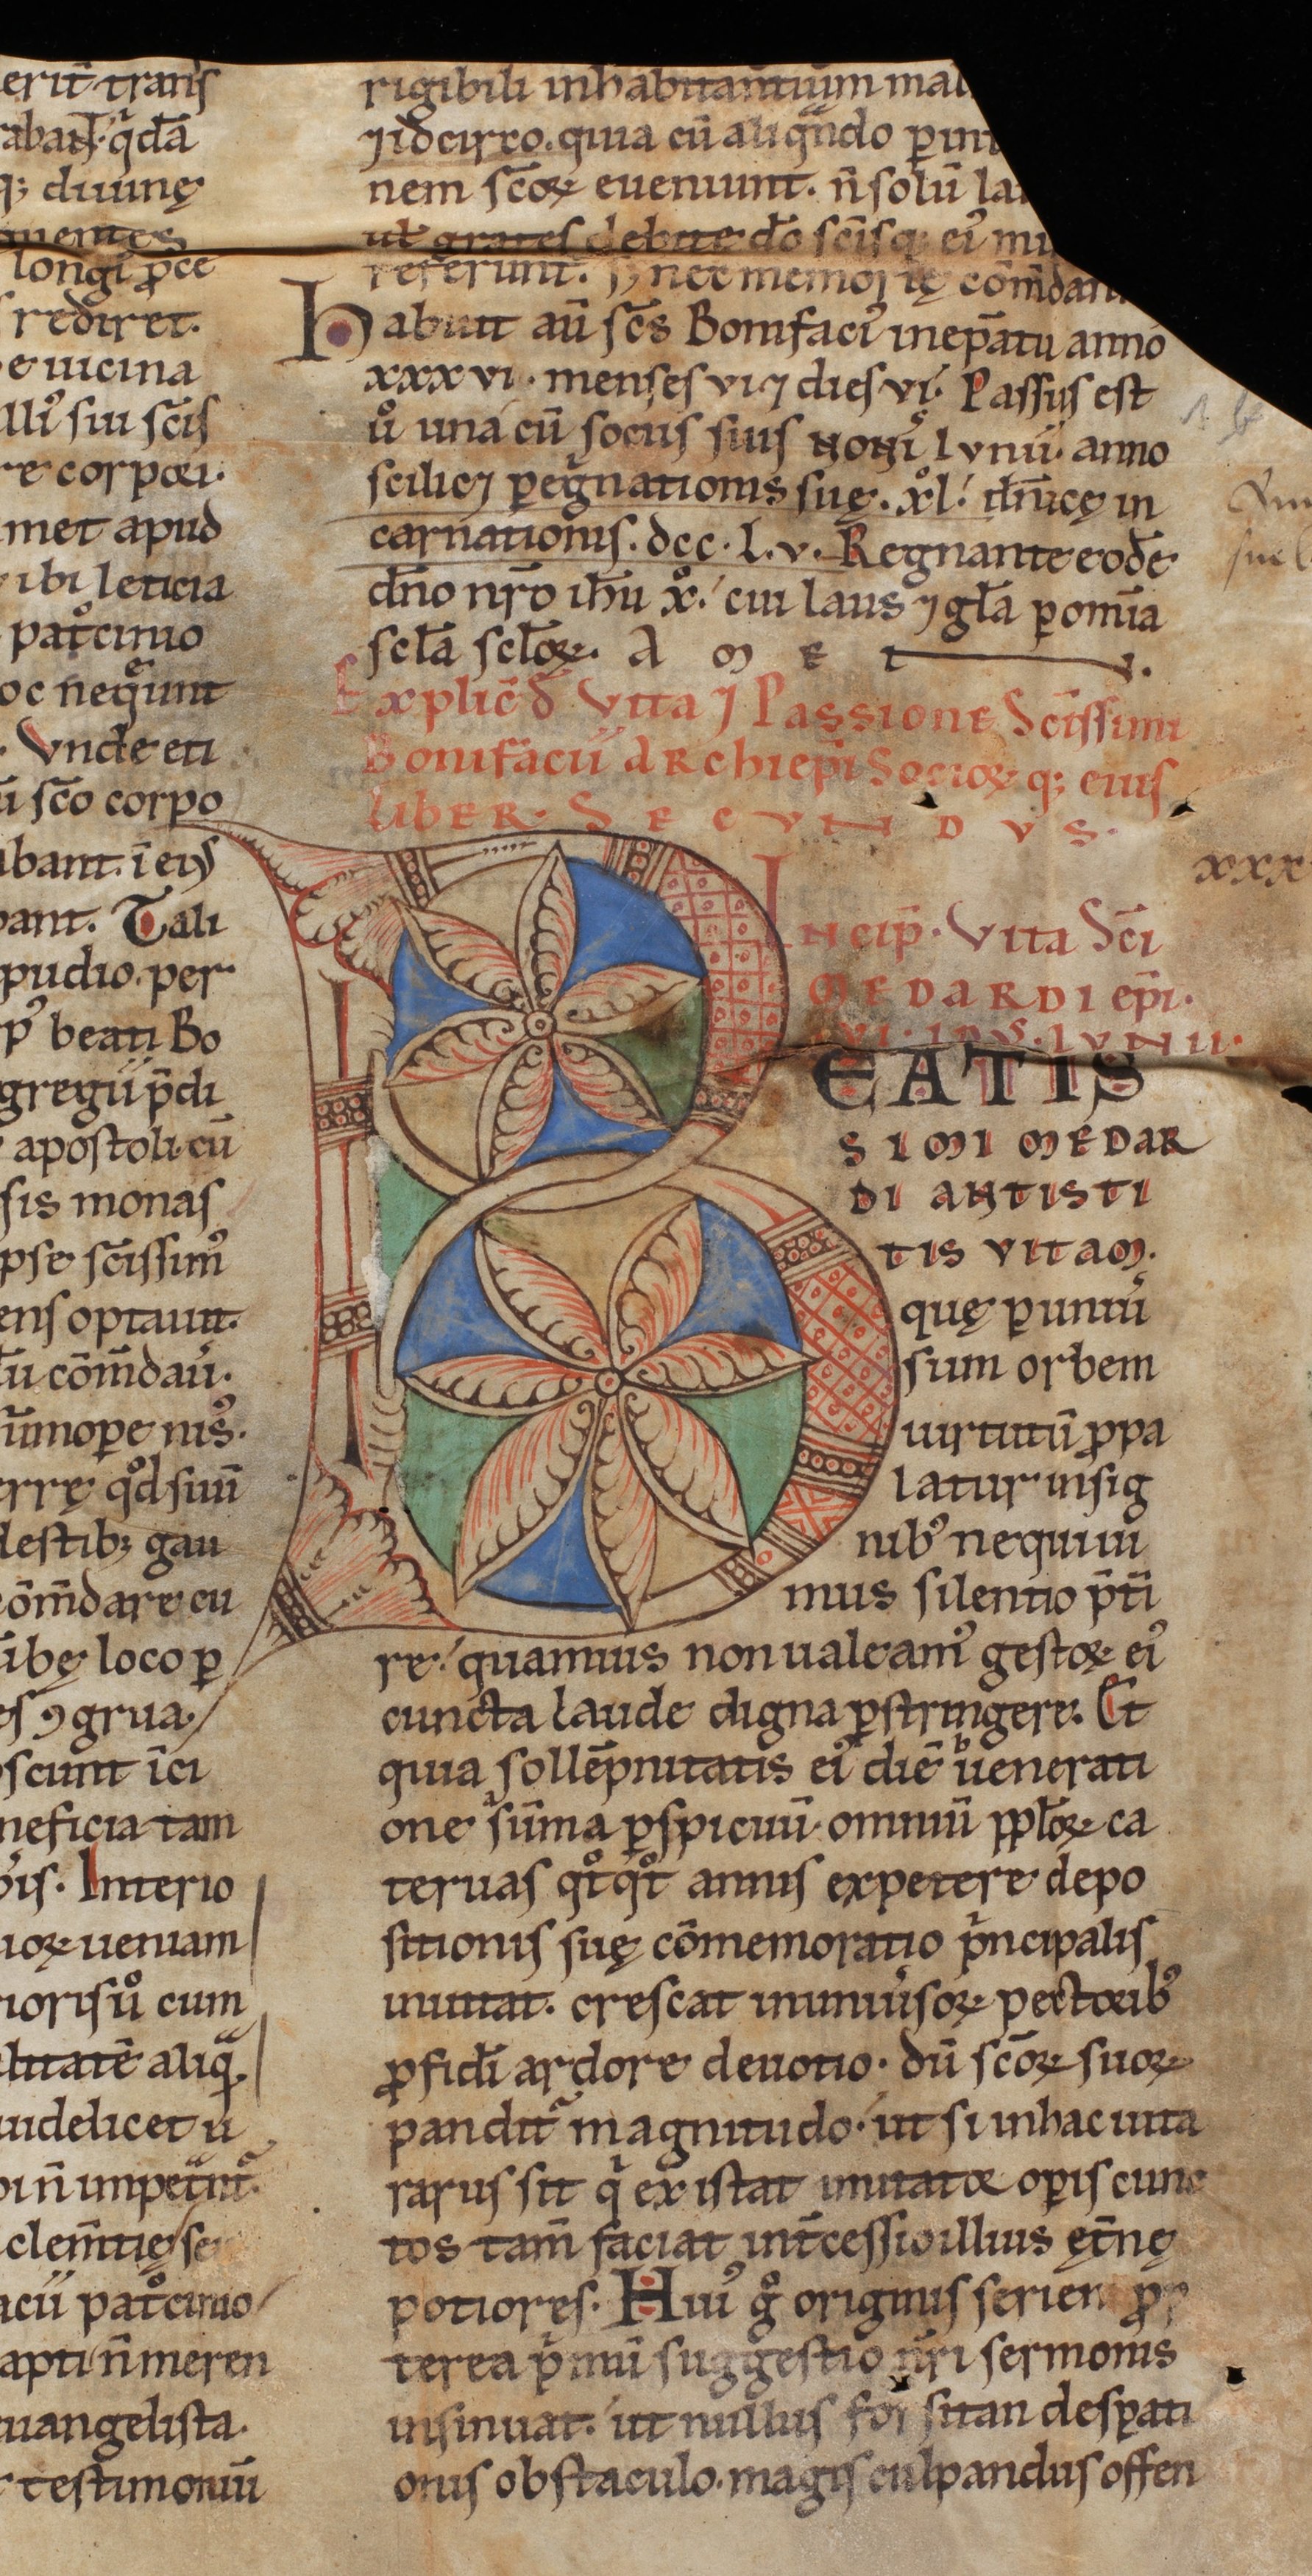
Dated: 1140–1170